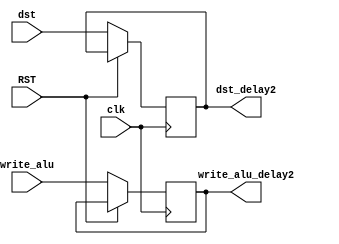
module delay2_reg(
	input wire clk,
	input wire RST,
	input wire [5:0] dst,
	input wire write_alu,
	output reg [5:0] dst_delay2,
	output reg write_alu_delay2
);

always @(posedge clk) 
begin
	if(!RST)
	begin
    	dst_delay2 <= dst;   
		write_alu_delay2 <= write_alu;
	end
end

endmodule